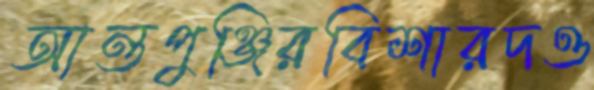
আন্তপুঞ্জিরবিশারদও